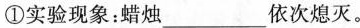
①实验现象：蜡烛___依次熄灭。